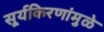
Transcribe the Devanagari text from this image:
सूर्यकिरणांमुळे